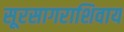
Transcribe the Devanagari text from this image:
सूरसागराशिवाय